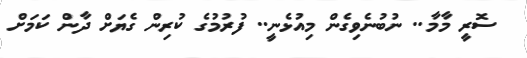
ސޮރީ މާމާ.. ނުބުނެވިގެން މިއުޅެނީ.. ފުރުމުގެ ކުރިން ގެޔަށް ދާން ކަމަށް